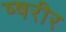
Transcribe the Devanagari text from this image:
ष्षरीर